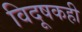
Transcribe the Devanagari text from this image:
विदूषकही